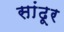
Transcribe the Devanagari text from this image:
सांढूर